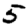
Digit: 5